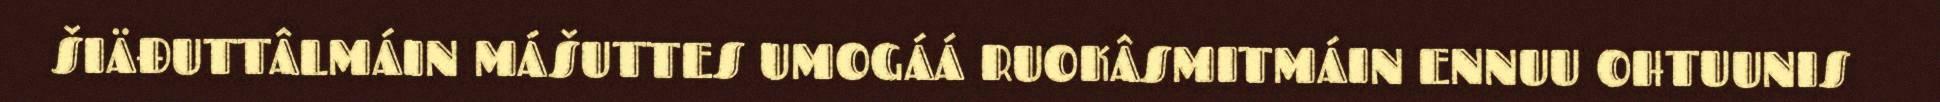
ŠIÄĐUTTÂLMÁIN MÁŠUTTES UMOGÁÁ RUOKÂSMITMÁIN ENNUU OHTUUNIS